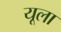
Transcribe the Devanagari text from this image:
यूला